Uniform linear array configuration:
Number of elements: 4
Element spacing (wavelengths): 0.25
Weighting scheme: blackman
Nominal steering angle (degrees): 15
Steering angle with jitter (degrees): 15.705
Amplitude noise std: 0.05
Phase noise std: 0.05

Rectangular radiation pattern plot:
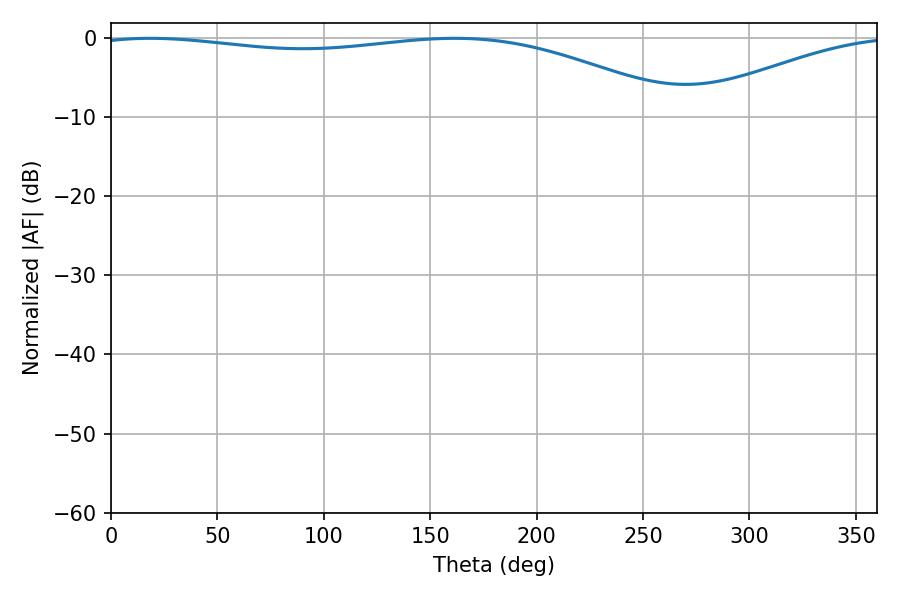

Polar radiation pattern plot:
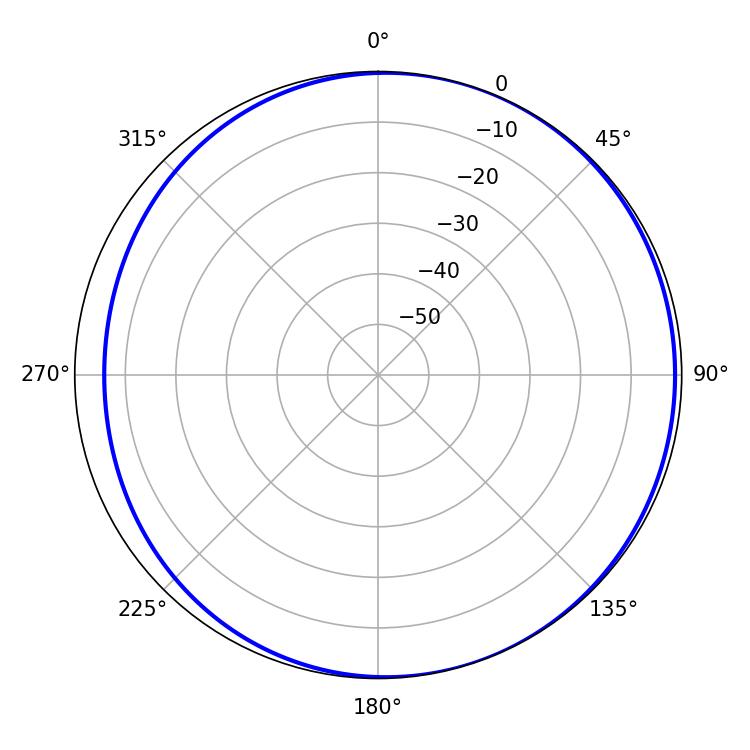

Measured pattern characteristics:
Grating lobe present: FALSE
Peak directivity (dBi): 3.714
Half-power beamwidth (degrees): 223.02
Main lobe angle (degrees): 18.54